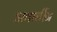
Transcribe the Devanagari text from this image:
अवार्चीन